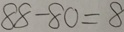
8 8 - 8 0 = 8